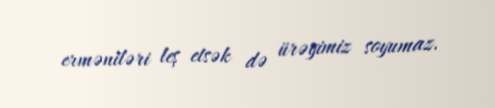
erməniləri leş etsək də ürəyimiz soyumaz.